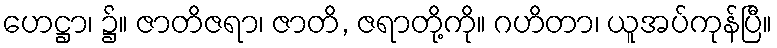
ဟေဋ္ဌာ၊ ၌။ ဇာတိဇရာ၊ ဇာတိ, ဇရာတို့ကို။ ဂဟိတာ၊ ယူအပ်ကုန်ပြီ။